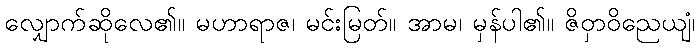
လျှောက်ဆိုလေ၏။ မဟာရာဇ၊ မင်းမြတ်။ အာမ၊ မှန်ပါ၏။ ဇိဝှာဝိညေယျံ၊